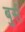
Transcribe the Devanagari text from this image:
बुर्स